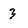
Character: 3